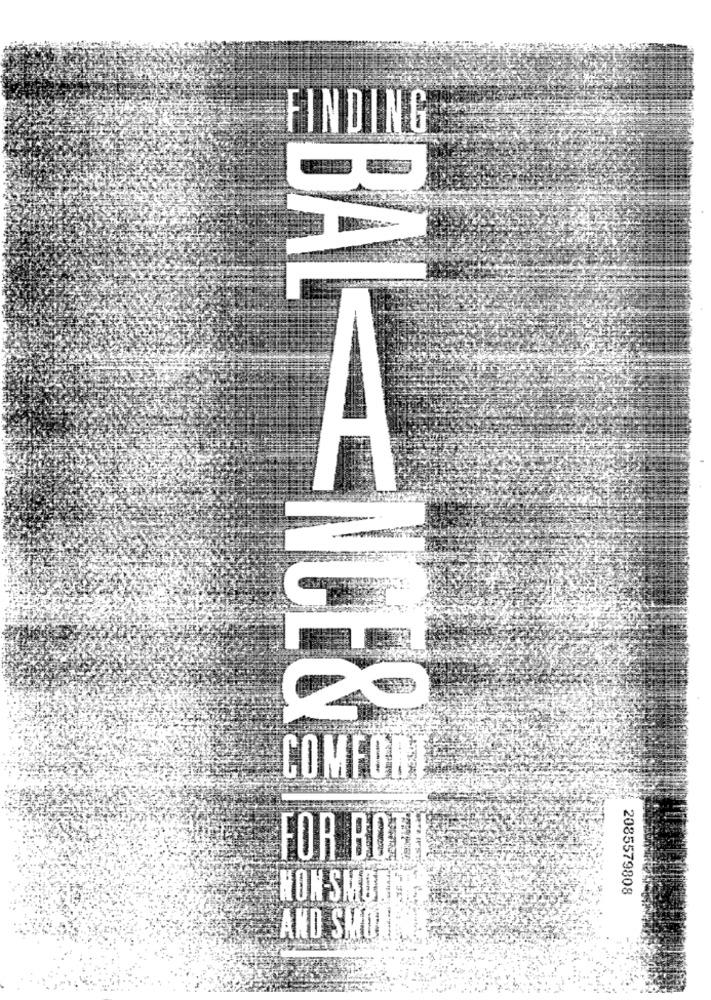
BAL ENCE&
FOR BOTIL
2085579808
NON-SMOTE
AND SMO